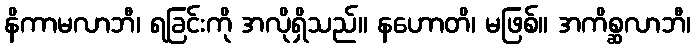
နိကာမလာဘီ၊ ရခြင်းကို အလိုရှိသည်။ နဟောတိ၊ မဖြစ်။ အကိစ္ဆလာဘီ၊